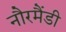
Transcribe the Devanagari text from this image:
नौरमैंडी